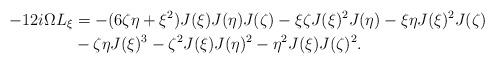
LaTeX: \begin{align*}- 12i\Omega L_\xi &= - (6\zeta\eta + \xi^2)J(\xi)J(\eta)J(\zeta) - \xi \zeta J(\xi)^2J(\eta) - \xi\eta J(\xi)^2J(\zeta)\\&- \zeta\eta J(\xi)^3 - \zeta^2 J(\xi)J(\eta)^2 - \eta^2 J(\xi)J(\zeta)^2.\end{align*}